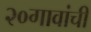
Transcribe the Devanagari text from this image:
२०गावांची